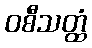
ဝစီသတ္ထံ